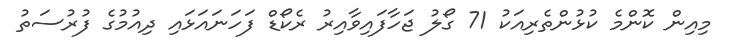
މިއިން ކޮންމެ ކުޅުންތެރިއަކު 71 ގޯލު ޖަހާފައިވާއިރު ރެކޯޑް ފަހަނައަޅައި ދިއުމުގެ ފުރުސަތު